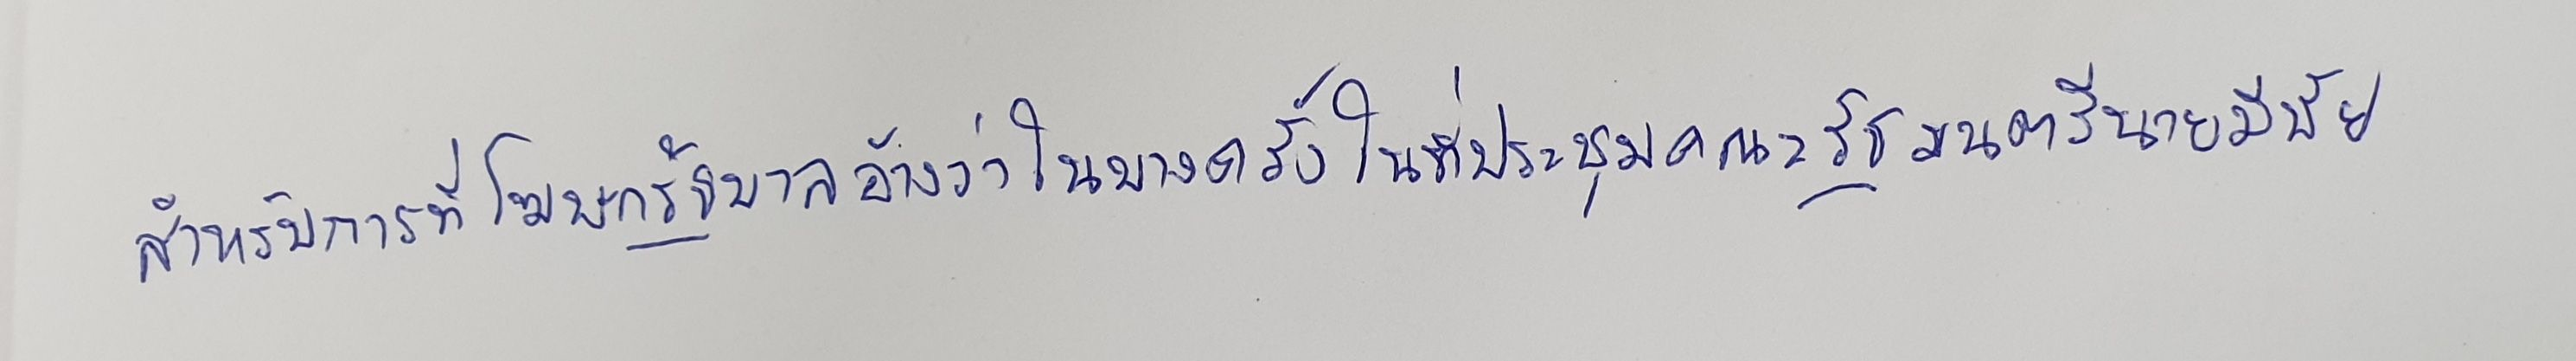
สำหรับการที่โฆษกรัฐบาลอ้างว่าในบางครั้งในที่ประชุมคณะรัฐมนตรีนายมีชัย)